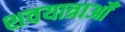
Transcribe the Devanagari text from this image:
शवयात्राओँ